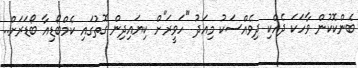
ބެންކޮކުން ވާހަކަ ދެއްކި ދިވެއްސަކު މިއަދު "ހަވީރަ"ށް ކިޔައިދިން ގޮތުގައި ކެމްބޯޑިއާ ބޯޑަރަށް..